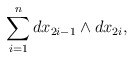
\begin{align*}\sum_{i=1}^n dx_{2i-1} \wedge dx_{2i},\end{align*}